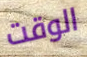
الوقت